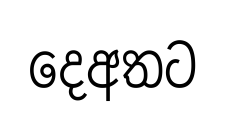
දෙඅතට